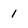
Character: 1